画像に写った文字を読んでください
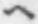
「ヘ」と書いてあります